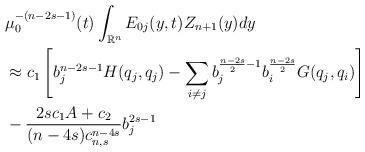
LaTeX: \begin{align*}\begin{aligned}&\mu_0^{-(n-2s-1)}(t)\int_{\mathbb{R}^n}E_{0j}(y, t)Z_{n+1}(y)dy\\& \approx c_1\left[b_j^{n-2s-1}H(q_j, q_j) - \sum_{i\neq j}b_j^{\frac{n-2s}{2}-1}b_i^{\frac{n-2s}{2}}G(q_j, q_i)\right]\\&-\frac{2sc_1 A +c_2}{(n-4s)c_{n,s}^{n-4s}}b_j^{2s-1}\end{aligned}\end{align*}